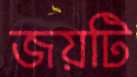
জয়টি